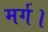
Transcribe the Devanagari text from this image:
मर्ग।